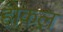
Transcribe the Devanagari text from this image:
होकल